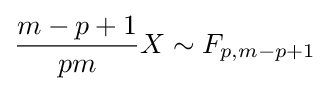
{\frac {m-p+1}{pm}}X\sim F_{p,m-p+1}